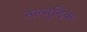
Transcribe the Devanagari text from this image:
तल्मुदिक